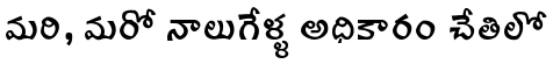
మరి, మరో నాలుగేళ్ళ అధికారం చేతిలో